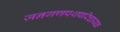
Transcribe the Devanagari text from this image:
जनगणपथपरिचायक